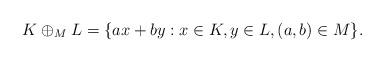
LaTeX: \begin{align*}K\oplus_M L= \{ a x + b y : x\in K, y\in L, (a,b )\in M\}.\end{align*}